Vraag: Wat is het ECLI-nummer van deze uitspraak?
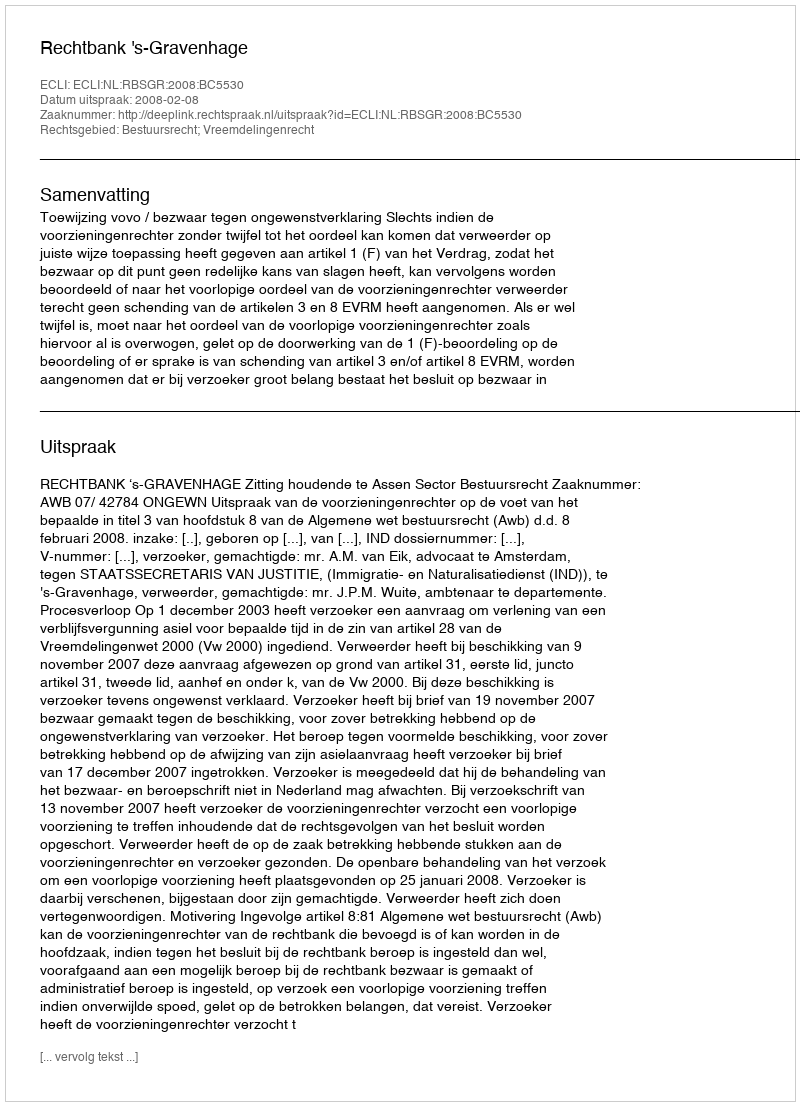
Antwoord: ECLI:NL:RBSGR:2008:BC5530